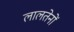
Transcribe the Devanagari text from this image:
लालतेनों